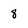
Character: 8